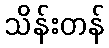
သိန်းတန်